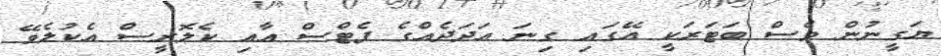
ޔަގީނުން ވެސް ބަޓަރަކީ އޭގައި ގިނަ އަދަދެއްގެ ފެޓްސް އާއި ކެލޮރީސް އެކުލެވޭ